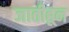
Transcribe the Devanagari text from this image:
जातीहून